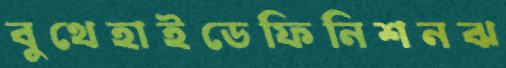
বুথেহাইডেফিনিশনঝ